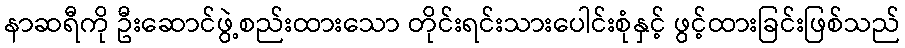
နာဆရီကို ဦးဆောင်ဖွဲ့စည်းထားသော တိုင်းရင်းသားပေါင်းစုံနှင့် ဖွင့်ထားခြင်းဖြစ်သည်